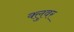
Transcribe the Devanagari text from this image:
क्लुवर